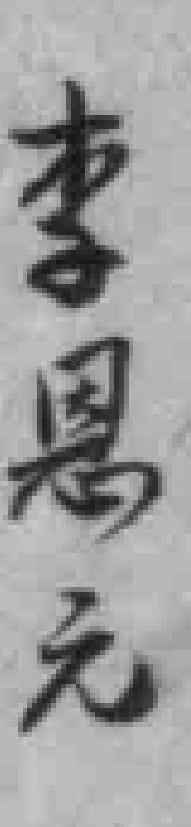
李恩元